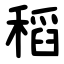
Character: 稻